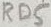
Text: RD5